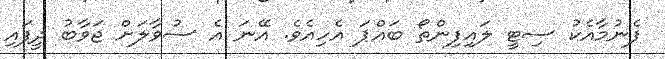
ފެނުމާއެކު ސިޓީ ލައިފިންތޯ ބައްޕަ އެހިއެވެ. އޭނަ އެ ސުވާލަށް ޖަވާބު ދީފައި